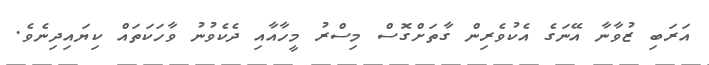
އަރަބި ޒުވާނާ އޭނަގެ އެކުވެރިން ގާތަށްގޮސް މިސްރު މީހާއާއި ދެކެވުނު ވާހަކަތައް ކިޔައިދިނެވެ.